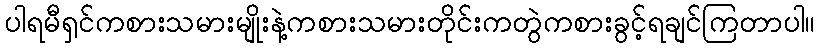
ပါရမီရှင်ကစားသမားမျိုးနဲ့ကစားသမားတိုင်းကတွဲကစားခွင့်ရချင်ကြတာပါ။